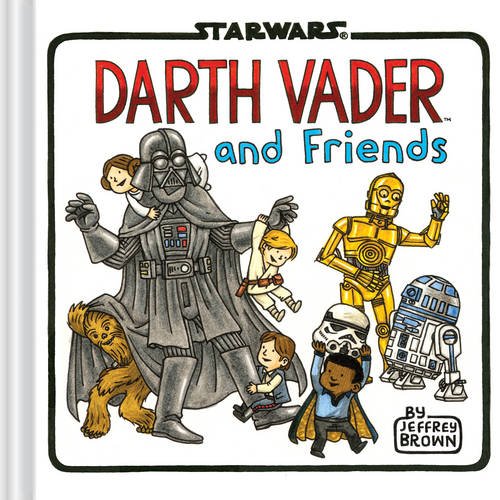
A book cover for Darth Vader and Friends; Jeffrey Brown; Comics & Graphic Novels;